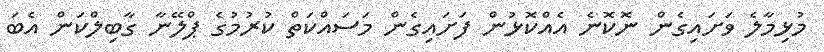
މުޅިމާލެ ވަށައިގެން ނޮކޮނެ އެއްކޮޅުން ފަށައިގެން މަސައްކަތް ކުރުމުގެ ޕްލޭނާ ގާބިލްކަން އެބަ